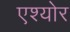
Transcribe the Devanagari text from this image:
एश्योर